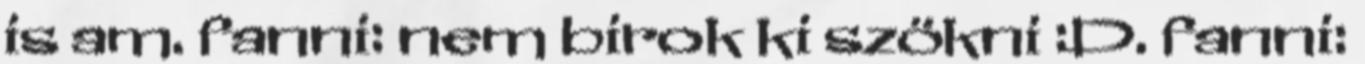
is am. fanni: nem birok ki szökni :D. fanni: